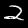
Label: 2